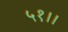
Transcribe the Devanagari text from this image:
५१।।